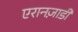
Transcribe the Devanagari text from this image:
एरानज़ाडी